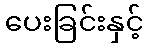
ပေးခြင်းနှင့်